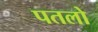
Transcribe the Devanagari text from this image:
पतलो